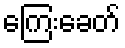
ကြေးခေတ်